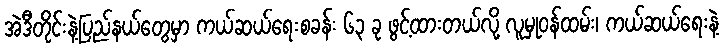
အဲဒီတိုင်းနဲ့ပြည်နယ်တွေမှာ ကယ်ဆယ်ရေးစခန်း ၆၃ ခု ဖွင့်ထားတယ်လို့ လူမှုဝန်ထမ်း၊ ကယ်ဆယ်ရေးနဲ့